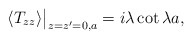
\begin{align*}\langle T_{zz}\rangle\big|_{z=z'=0,a}=i\lambda\cot\lambda a,\end{align*}